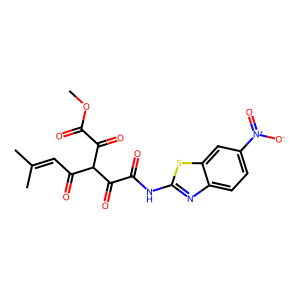
SMILES: COC(=O)C(=O)C(C(=O)C=C(C)C)C(=O)C(=O)Nc1nc2ccc([N+](=O)[O-])cc2s1
Inhibits HIV replication: No